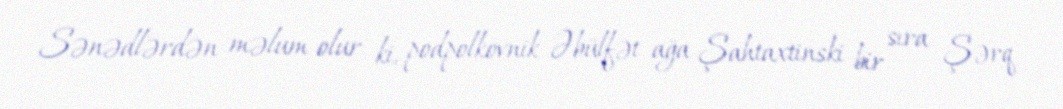
Sənədlərdən məlum olur ki, podpolkovnik Əbülfət ağa Şahtaxtinski bir sıra Şərq